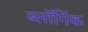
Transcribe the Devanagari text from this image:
ब्लॉगिंक